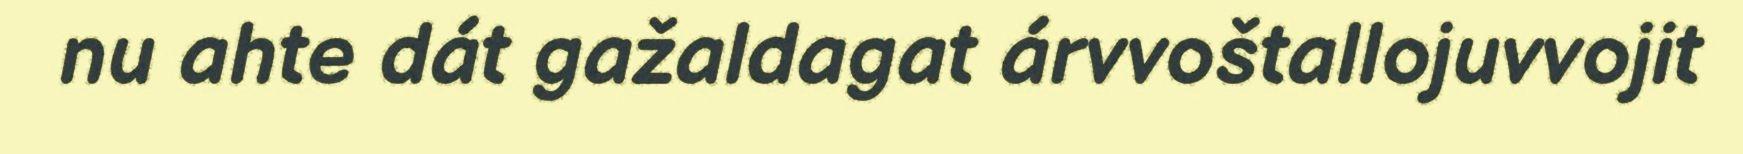
nu ahte dát gažaldagat árvvoštallojuvvojit